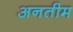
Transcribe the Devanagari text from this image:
अनतीम